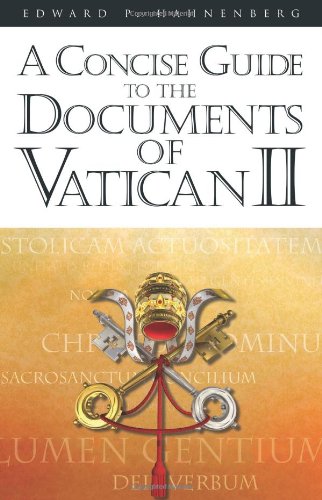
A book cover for A Concise Guide to the Documents of Vatican II; Edward P. Hahnenberg; Christian Books & Bibles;